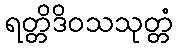
ရတ္တိဒိဝသသုတ္တံ